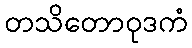
တသိတောဝုဒကံ